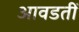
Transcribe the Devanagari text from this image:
आवडतीं